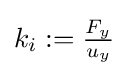
\textstyle k_{i}:={\frac {F_{y}}{u_{y}}}